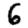
Digit: 6